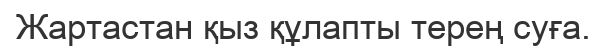
Жартастан қыз құлапты терең суға.